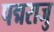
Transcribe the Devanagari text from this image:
पद्मराजु